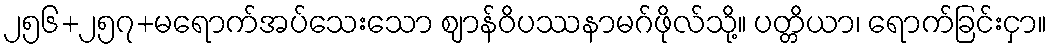
၂၅၆+၂၅၇+မရောက်အပ်သေးသော ဈာန်ဝိပဿနာမဂ်ဖိုလ်သို့။ ပတ္တိယာ၊ ရောက်ခြင်းငှာ။